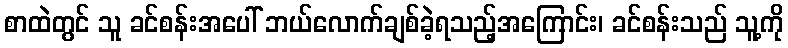
စာထဲတွင် သူ ခင်စန်းအပေါ် ဘယ်လောက်ချစ်ခဲ့ရသည့်အကြောင်း၊ ခင်စန်းသည် သူ့ကို